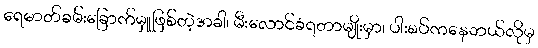
ရေဓာတ်ခမ်းခြောက်မှူဖြစ်တဲ့အခါ၊ မီးလောင်ခံရတာမျိုးမှာ၊ ပါးစပ်ကနေဘယ်လိုမှ